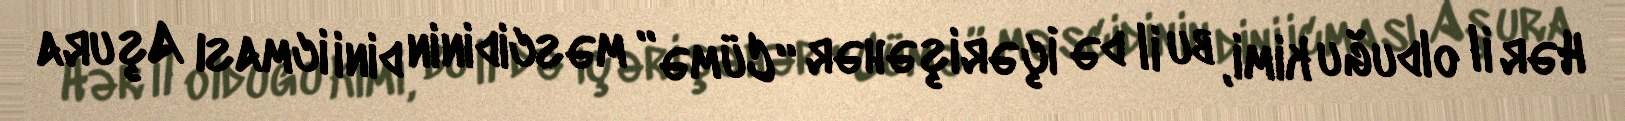
Hər il olduğu kimi, bu il də İçərişəhər “Cümə” məscidinin dini icması Aşura